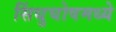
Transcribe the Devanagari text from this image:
सिंधुघोषमध्ये